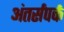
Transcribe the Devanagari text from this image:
अंतर्संपर्क